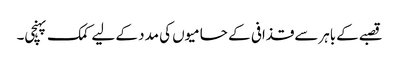
قصبےکےباہرسےقذافی کے حامیوں کی مدد کے لیے کمک پہنچی۔